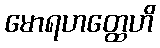
မောရဟတ္ထေဟိ